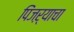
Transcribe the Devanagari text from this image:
पिंजऱ्याचा